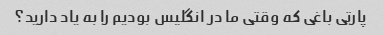
پارتی باغی که وقتی ما در انگلیس بودیم را به یاد دارید؟